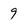
Character: 9